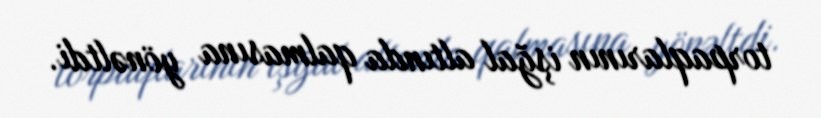
torpaqlarının işğal altında qalmasına yönəltdi.